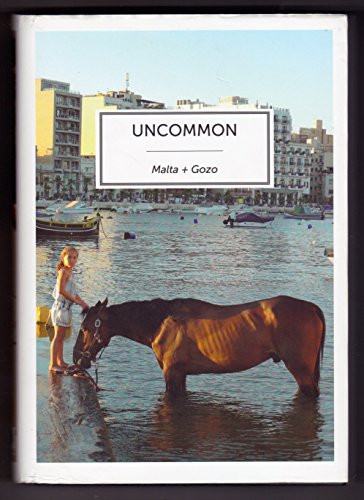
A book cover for Uncommon Malta and Gozo; Travel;